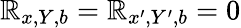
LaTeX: \mathbb{R}_{x,Y,b}=\mathbb{R}_{x^{\prime},Y^{\prime},b}=0